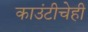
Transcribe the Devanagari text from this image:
काउंटीचेही